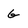
Character: G